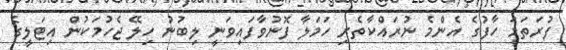
ފުރަތަމަ ހާފުގެ އެންމެ ނުރައްކާތެރި ހަމަލާ ފޮނުވާފައިވަނީ ލިބުނު ހިލޭ ޖެހުމަކުން އިޓަލީގެ